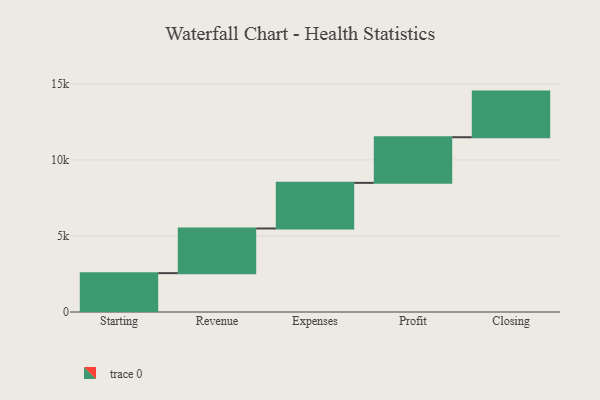
{"axis": {"x": "Step", "y": "Value"}, "legend": [""], "data": [{"x": "Starting", "y": 2555.0, "type": ""}, {"x": "Revenue", "y": 2936.0, "type": ""}, {"x": "Expenses", "y": 3000, "type": ""}, {"x": "Profit", "y": 3000, "type": ""}, {"x": "Closing", "y": 3000, "type": ""}]}